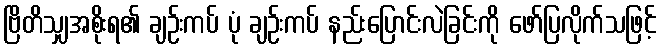
ဗြိတိသျှအစိုးရ၏ ချဉ်းကပ် ပုံ ချဉ်းကပ် နည်းပြောင်းလဲခြင်းကို ဖော်ပြလိုက်သဖြင့်